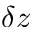
\delta z